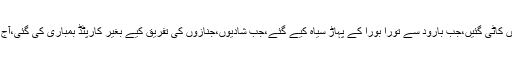
یہ امریکی کوشش آج کی نہیں بلکہ یہ 15سال سے جاری ہیں جب ڈیزی کٹر بموں سے افغانیوں کی گردنیں کاٹی گئیں،جب بارود سے تورا بورا کے پہاڑ سیاہ کیے گئے،جب شادیوں،جنازوں کی تفریق کیے بغیر کارپٹڈ بمباری کی گئی،آج امریکہ انہی دہشتگردوں سے امن کی بات کرنے پر مجبور ہے جن کو اپنا سب سے بڑا دشمن سمجھتا رہا۔